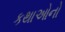
કથાઓનો